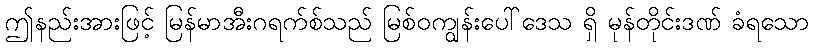
ဤနည်းအားဖြင့် မြန်မာအီးဂရက်စ်သည် မြစ်ဝကျွန်းပေါ်ဒေသ ရှိ မုန်တိုင်းဒဏ် ခံရသော